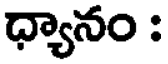
ధ్యానం :